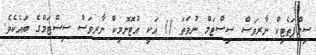
ސިމްޕަތެޓިކް ނާރވަސް ސިސްޓަމް ނުވަތަ () އަކީ އުޓޮނޮމިކް ނާރވަސް ސިސްޓަމްގެ ބައެކެވެ.